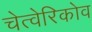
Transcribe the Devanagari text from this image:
चेत्वेरिकोव